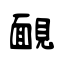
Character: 靦